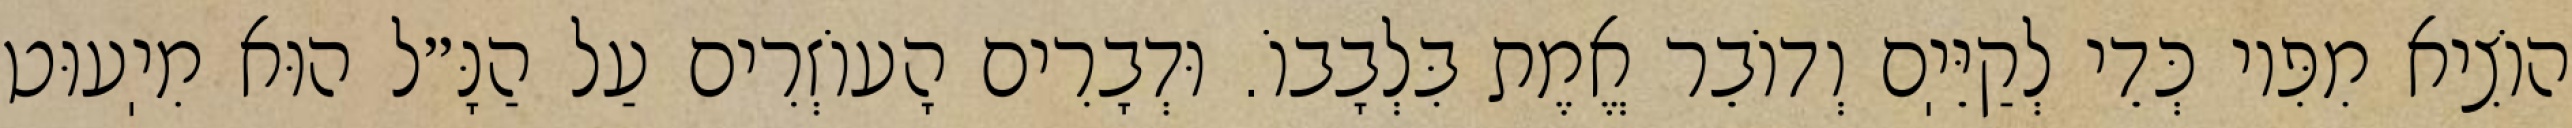
הוֹצִיא מִפִּיו כְּדֵי לְקַיֵּיֽם וְדוֹבֵר אֱמֶת בִּלְבָבוֹ. וּדְבָרִים הָעוֹזְרִים עַל הַנָּ״ל הוּא מִיֽעוּט